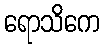
ရောသိကေ